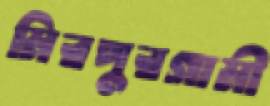
মিরপুরগামী